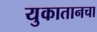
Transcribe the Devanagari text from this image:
युकातानचा